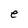
Character: e